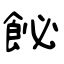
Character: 飶